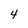
Character: 4